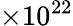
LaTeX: \times 10^{22}